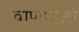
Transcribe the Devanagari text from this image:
वाणावली